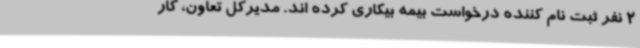
2 نفر ثبت نام کننده درخواست بیمه بیکاری کرده اند. مدیرکل تعاون، کار